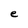
Character: e